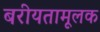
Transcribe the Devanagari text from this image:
बरीयतामूलक